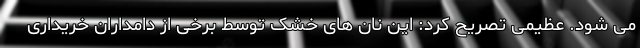
می شود. عظیمی تصریح کرد: این نان های خشک توسط برخی از دامداران خریداری